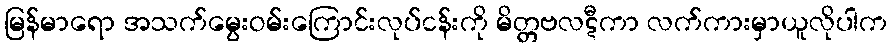
မြန်မာရော အသက်မွေးဝမ်းကြောင်းလုပ်ငန်းကို မိတ္တဗလဋီကာ လက်ကားမှာယူလိုပါက